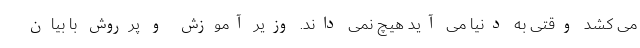
می کشد وقتی به دنیا می آید هیچ نمی داند. وزیر آموزش و پرروش با بیان